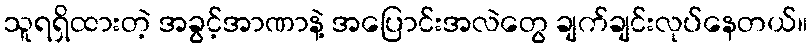
သူရရှိထားတဲ့ အခွင့်အာဏာနဲ့ အပြောင်းအလဲတွေ ချက်ချင်းလုပ်နေတယ်။